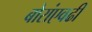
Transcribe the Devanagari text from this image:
बोरांएवढी